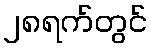
၂၈ရက်တွင်